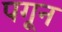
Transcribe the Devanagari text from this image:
पगून